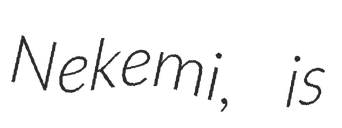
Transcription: Nekemi, is